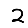
Digit: 2